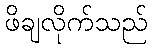
ဖိချလိုက်သည်